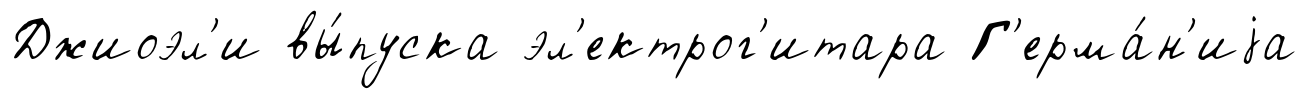
Джиоэл'и вы́пуска эл'ектрог'итара Г'ерма́н'иjа